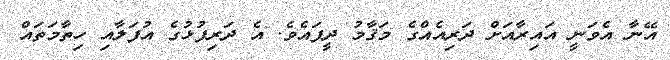
އޭނާ އެވަނީ އައިރާއަށް ދަރިއެއްގެ މަޤާމު ދީފައެވެ. އެ ދަރިފުޅުގެ އުފަލާއި ހިތާމަތައް